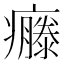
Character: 𤻴